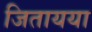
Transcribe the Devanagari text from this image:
जितायया